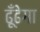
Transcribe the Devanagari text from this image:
ढूँढेगा